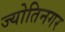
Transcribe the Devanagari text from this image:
ज्योतिनगर